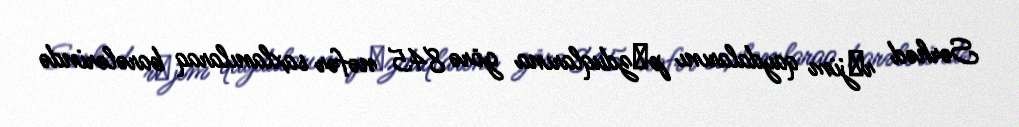
Sərhəd rеjim qaydalarını pоzduqlarına görə 845 nəfər saxlanılaraq barələrində